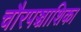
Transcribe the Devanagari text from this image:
चौरपञ्चाशिका